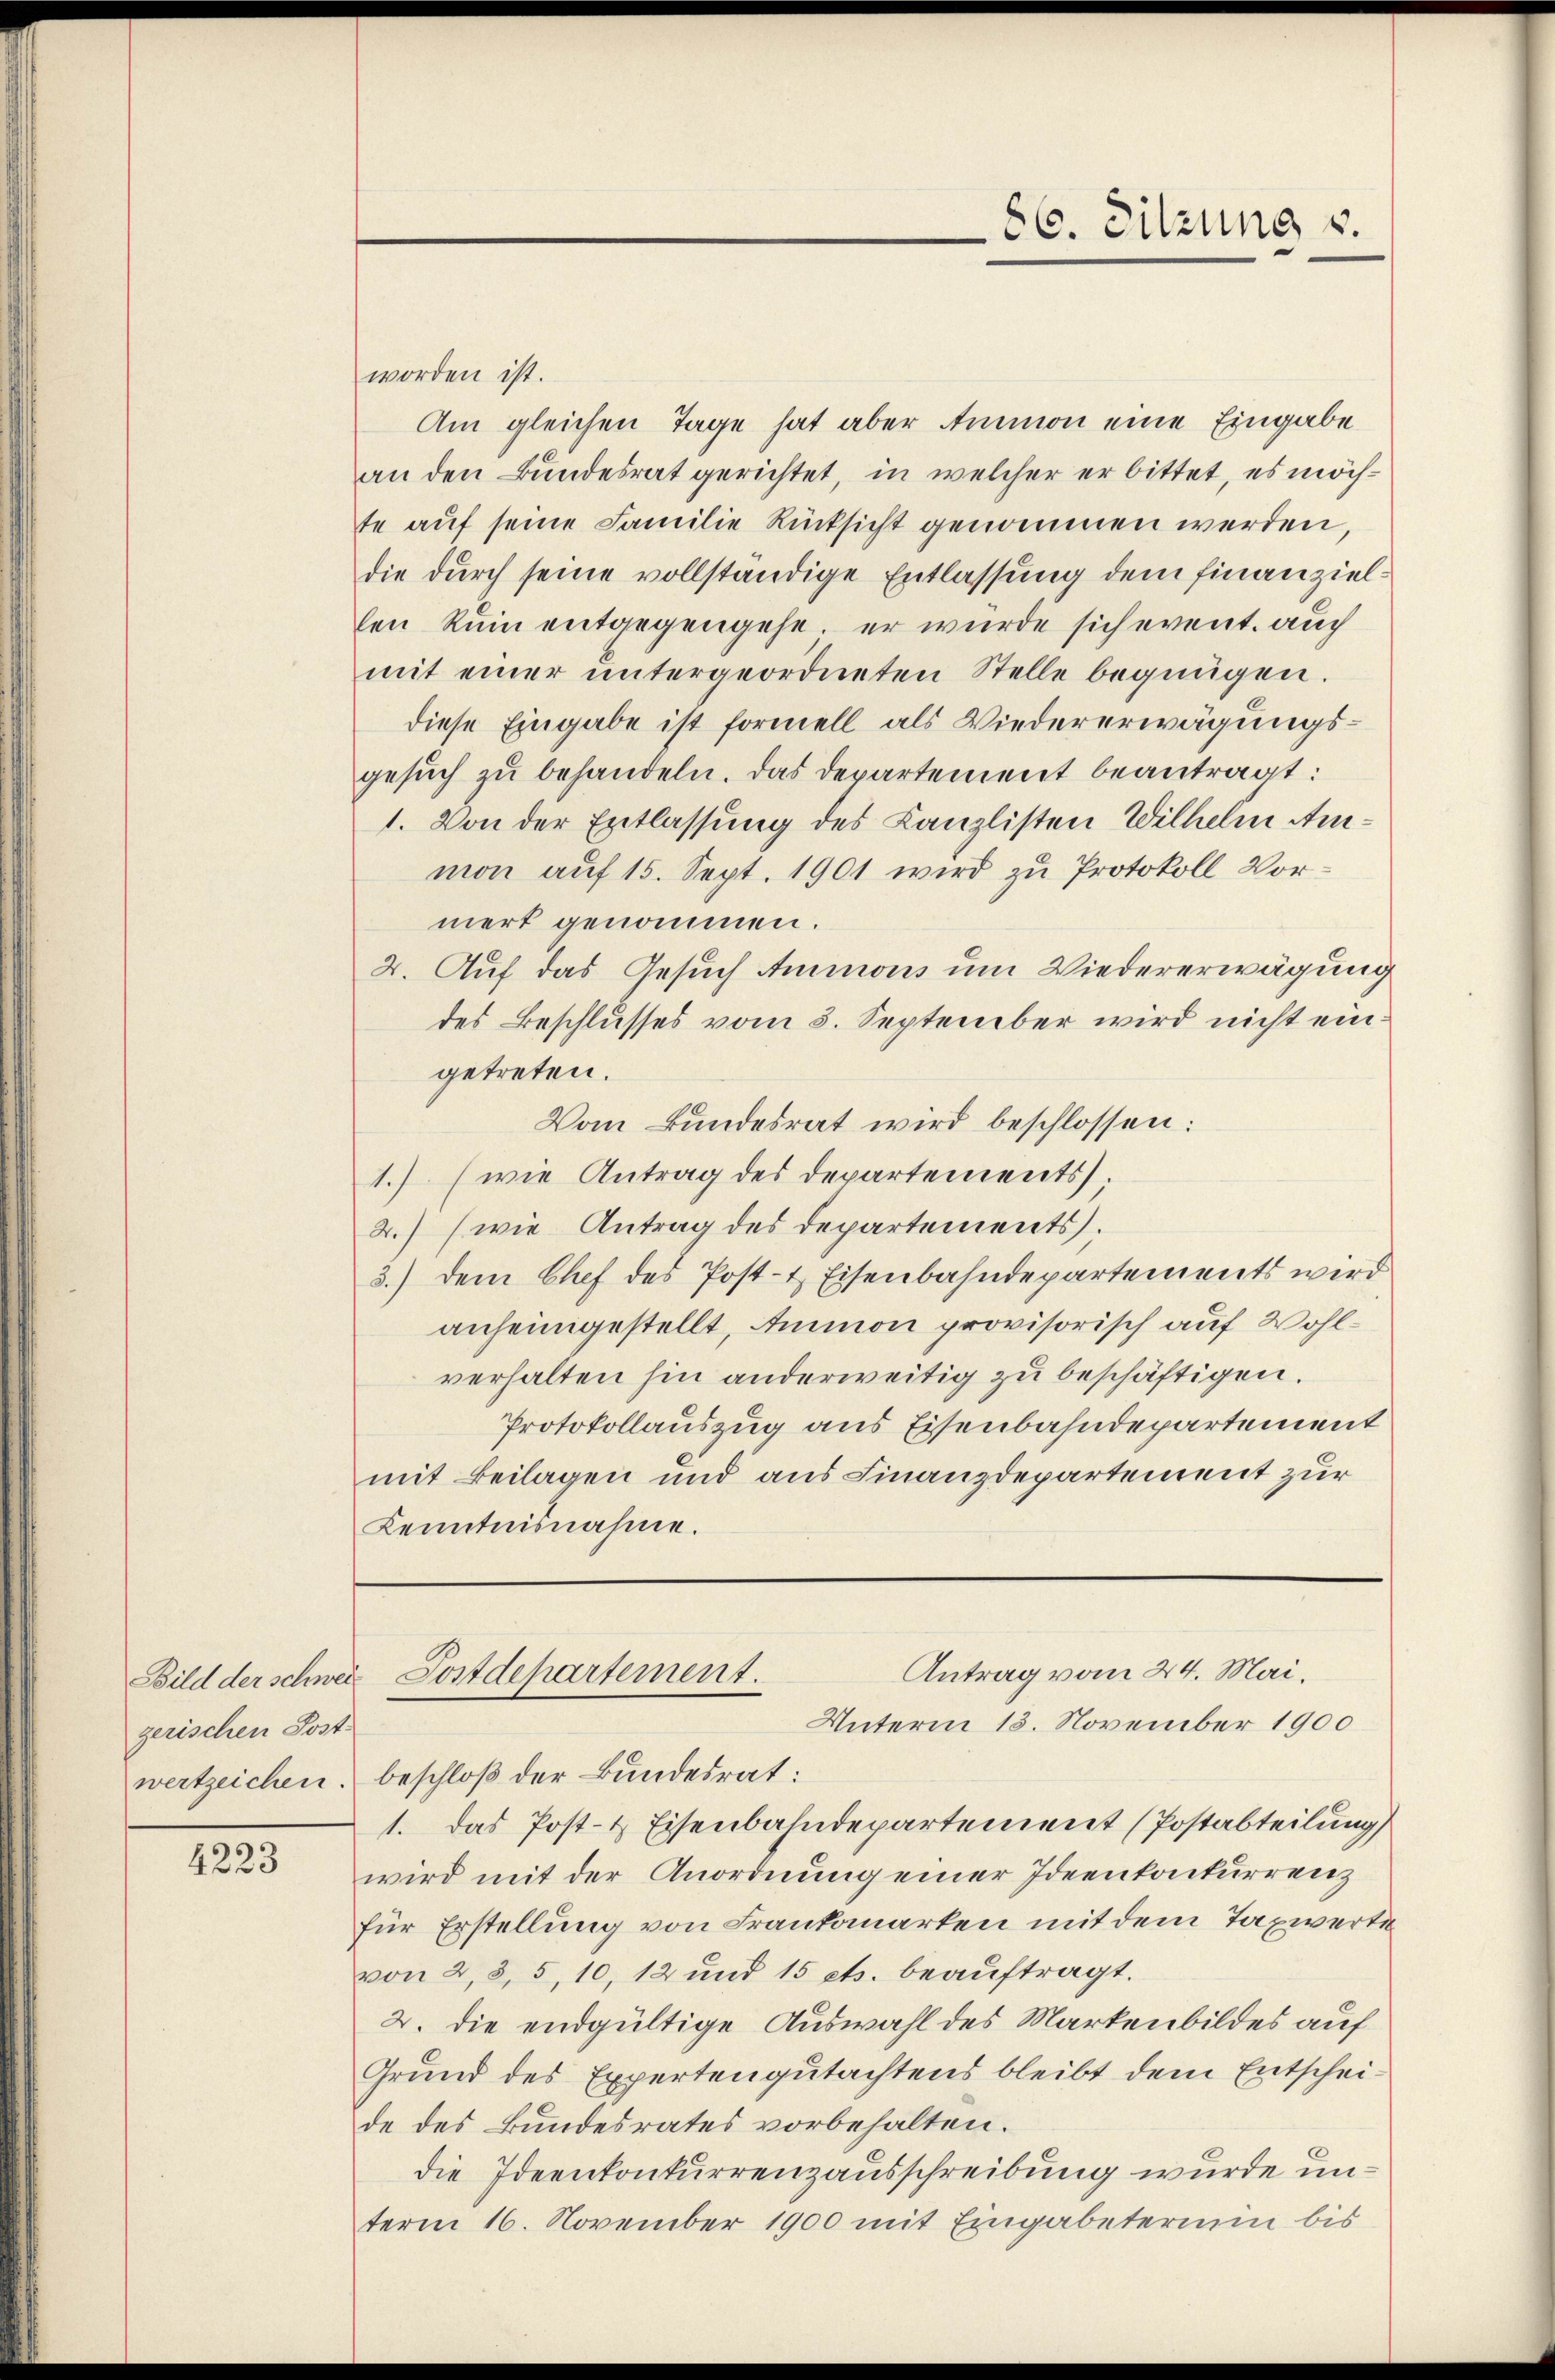
gerischen Post-

4223

worden ist.
Am gleichen Tage hat aber Ammon eine Eingabe
an den Bundesrat gerichtet, in welcher er bittet, es möchte auf seine Familie Rücksicht genommen werden,
die durch seine vollständige Entlassung dem Finanziellen Ruin entgegengehe, er wurde sich event. auch
mit einer ŭntergeordneten Stelle begnügen.
diese Eingabe ist formell als Wiedererwägungsgesŭch zŭ behandeln. Das Departement beantragt:
1. Von der Entlassung des Canzlisten Wilhelm Ammon auf 15. Sept. 1901 wird zu Protokoll Vormert genommen.
4. Auf das Gesuch Ammons um Wiedererwägung
des Beschlusses vom 3. September wird nicht eingetreten.
Vom Bundesrat wird beschlossen:
1.) (wie Antrag des Departements;
2.) (wie Antrag des Departements.
3.) dem Chef des Post- & Eisenbahndepartements wird
anheimgestellt, Ammon provisorisch auf Wohlverhalten hin anderweitig zu beschäftigen.
Protokollauszug aus Eisenbahndepartement
mit Beilagen und aus Finanzdepartement zur
Kenntnisnahme.

wertzeichen beschloß der Bundesrat:
1. Das Post- & Eisenbahndepartement (Postabteilung
wird mit der Anordnung einer Ideenkonkurrenz
für Erstellung von Frankanarten mit dem Taxwerte
von 2, 3, 5, 10, 12 und 15 ets. beauftragt.
2. die endgültige Auswahl des Markenbildes auf
Grund des Expertengutachtens bleibt dem Entscheide des Bundesrates vorbehalten.
die Ideenkonkurrenzausschreibung wurde unterm 16. November 1900 mit Eingabeterium bis

86. Sitzung u.

Antrag vom 24. Mai.
Bild der schweiz Postdepartement.
Unterm 13. November 1900